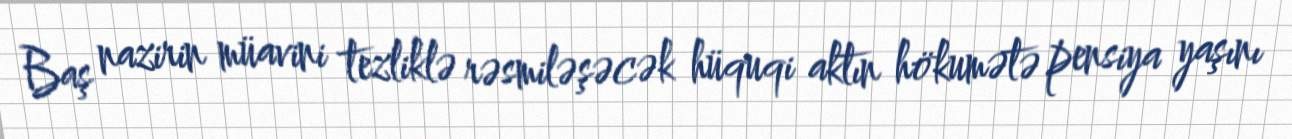
Baş nazirin müavini tezliklə rəsmiləşəcək hüquqi aktın hökumətə pensiya yaşını